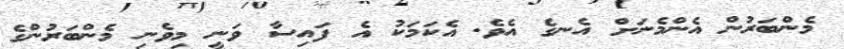
މެންބަރުން އެންމެނަށް އެނގެ އެވެ. އެކަމަކު އެ ފައިސާ ވަނީ މިވެނި މެންބަރުންގެ